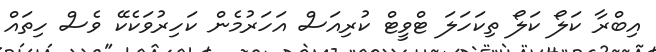
އިބްރާ ކަލޯ ކަލޯ ތިކަހަލަ ޓްވީޓް ކުރިއަސް އަހަރުމެން ކަހިރުވަކެކޭ ވެސް ހިތައް